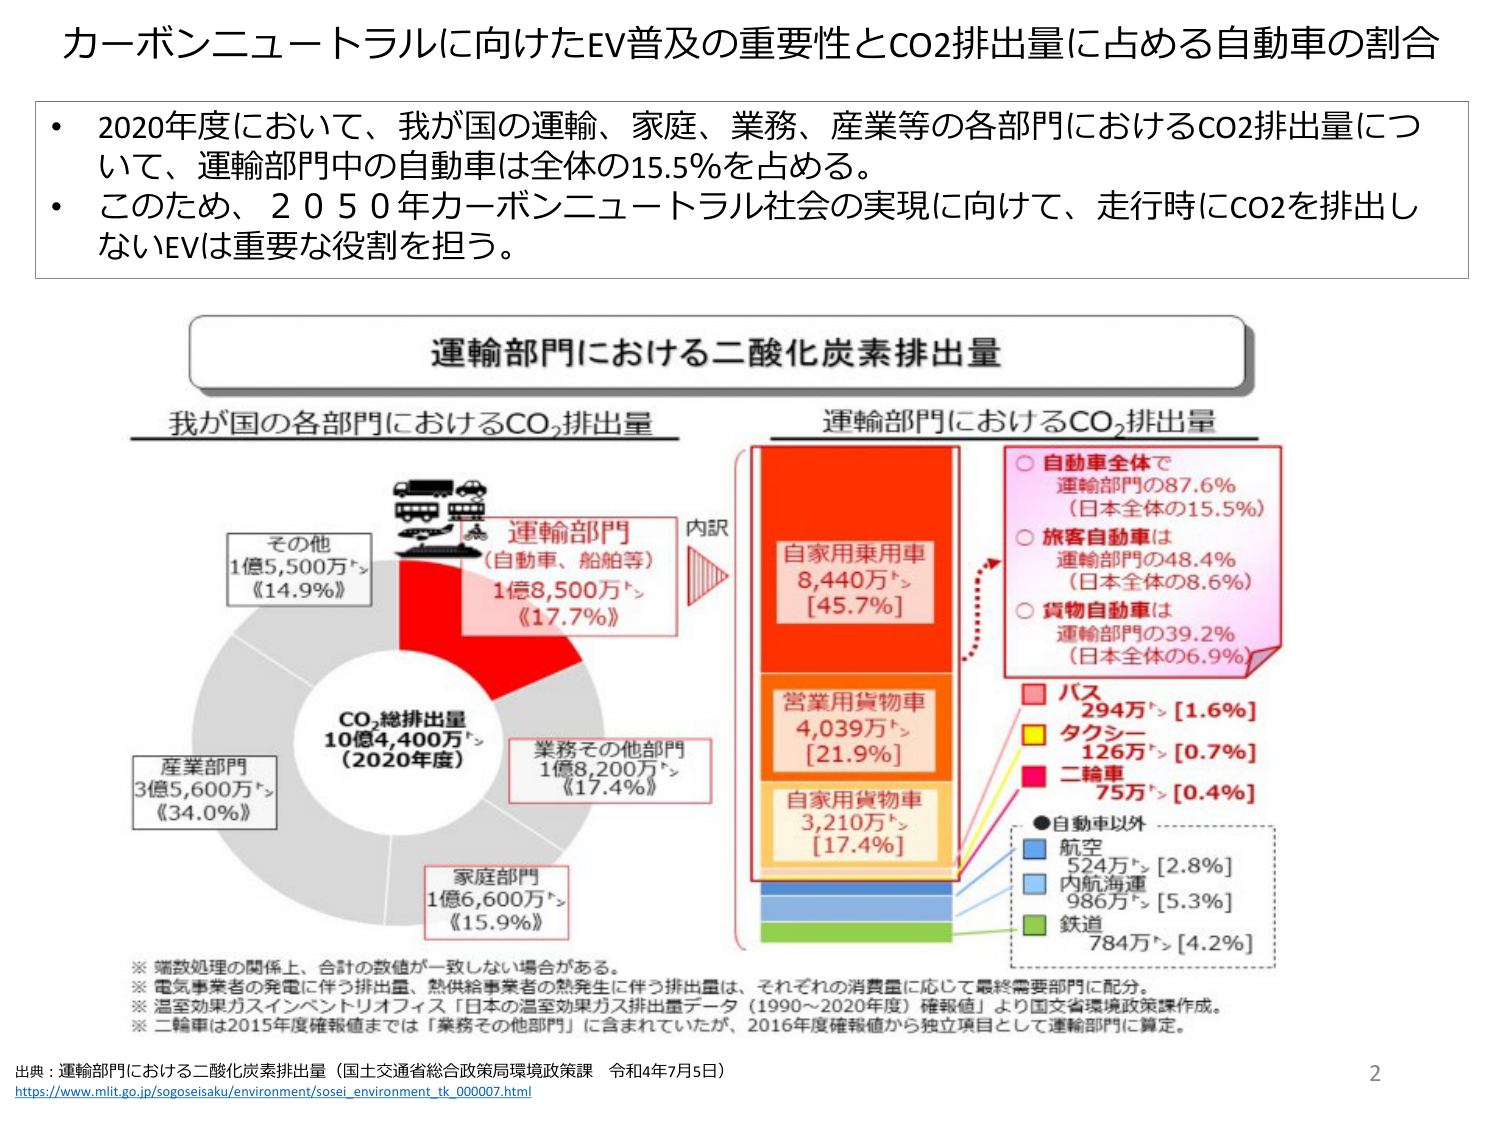
カーボンニュートラルに向けたEV普及の重要性とCO2排出量に占める自動車の割合

・2020年度において、我が国の運輸、家庭、業務、産業等の各部門におけるCO2排出量について、運輸部門中の自動車は全体の15.5％を占める。
・このため、2050年カーボンニュートラル社会の実現に向けて、走行時にCO2を排出しないEVは重要な役割を担う。

運輸部門における二酸化炭素排出量

我が国の各部門におけるCO2排出量

CO2総排出量
10億4,400万㌧
（2020年度）

その他
1億5,500万㌧
《14.9％》

運輸部門
（自動車、船舶等）
1億8,500万㌧
《17.7％》

業務その他部門
1億8,200万㌧
《17.4％》

家庭部門
1億6,600万㌧
《15.9％》

産業部門
3億5,600万㌧
《34.0％》

内訳

運輸部門におけるCO2排出量

自家用乗用車
8,440万㌧
[45.7％]

営業用貨物車
4,039万㌧
[21.9％]

自家用貨物車
3,210万㌧
[17.4％]

○ 自動車全体で
運輸部門の87.6％
（日本全体の15.5％）

○ 旅客自動車は
運輸部門の48.4％
（日本全体の8.6％）

○ 貨物自動車は
運輸部門の39.2％
（日本全体の6.9％）

■ バス
294万㌧ [1.6％]

■ タクシー
126万㌧ [0.7％]

■ 二輪車
75万㌧ [0.4％]

● 自動車以外

■ 航空
524万㌧ [2.8％]

■ 内航海運
986万㌧ [5.3％]

■ 鉄道
784万㌧ [4.2％]

※ 端数処理の関係上、合計の数値が一致しない場合がある。
※ 電気事業者の発電に伴う排出量、熱供給事業者の熱発生に伴う排出量は、それぞれの消費量に応じて最終需要部門に配分。
※ 温室効果ガスインベントリオフィス「日本の温室効果ガス排出量データ（1990～2020年度）確報値」より国土交通省環境政策課作成。
※ 二輪車は2015年度確報値までは「業務その他部門」に含まれていたが、2016年度確報値から独立項目として運輸部門に算定。

出典：運輸部門における二酸化炭素排出量（国土交通省総合政策局環境政策課 令和4年7月5日）
https://www.mlit.go.jp/sogoseisaku/environment/sosei_environment_tk_00007.html

2